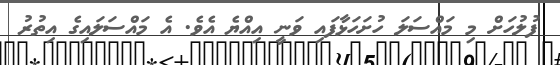
ފުލުހަށް މި މައްސަލަ ހުށަހަޅާފައި ވަނީ އިއްޔެ އެވެ. އެ މައްސަލައިގެ އިތުރު